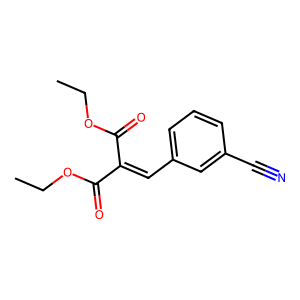
SMILES: CCOC(=O)C(=Cc1cccc(C#N)c1)C(=O)OCC
Inhibits HIV replication: No